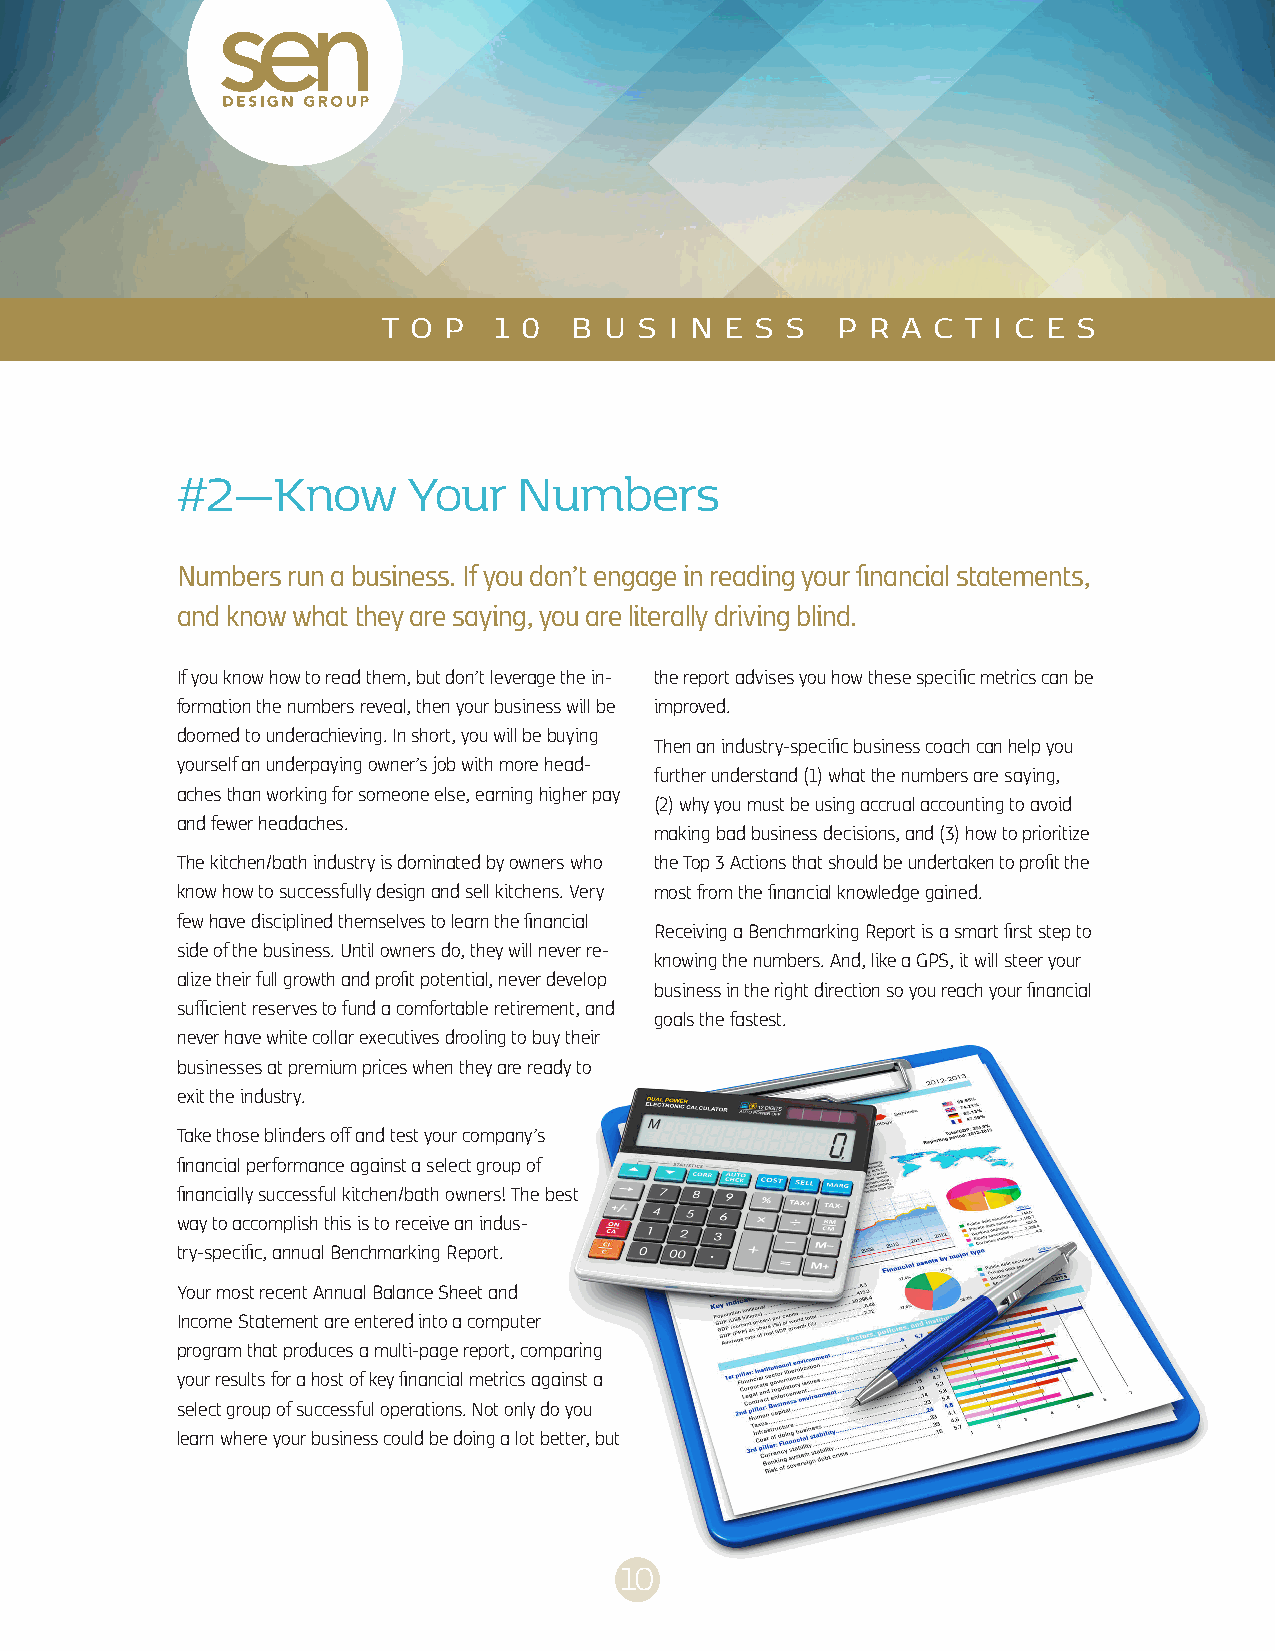
T O P   1 0  B U S I N E S S  P  R A C T I C E S
 #2—Know        Your   Numbers
 Numbers run a business. If you don’t engage in reading your financial statements,
 and know what they are saying, you are literally driving blind.
 If you know how to read them, but don’t leverage the in- the report advises you how these specific metrics can be
 formation the numbers reveal, then your business will be improved.
 doomed to underachieving. In short, you will be buying
 Then an industry-specific business coach can help you
 yourself an underpaying owner’s job with more head-
 further understand (1) what the numbers are saying,
 aches than working for someone else, earning higher pay
 (2) why you must be using accrual accounting to avoid
 and fewer headaches.
 making bad business decisions, and (3) how to prioritize
 The kitchen/bath industry is dominated by owners who the Top 3 Actions that should be undertaken to profit the
 know how to successfully design and sell kitchens. Very most from the financial knowledge gained.
 few have disciplined themselves to learn the financial
 Receiving a Benchmarking Report is a smart first step to
 side of the business. Until owners do, they will never re-
 knowing the numbers. And, like a GPS, it will steer your
 alize their full growth and profit potential, never develop
 business in the right direction so you reach your financial
 sufficient reserves to fund a comfortable retirement, and
 goals the fastest.
 never have white collar executives drooling to buy their
 businesses at premium prices when they are ready to
 exit the industry.
 Take those blinders off and test your company’s
 financial performance against a select group of
 financially successful kitchen/bath owners! The best
 way to accomplish this is to receive an indus-
 try-specific, annual Benchmarking Report.
 Your most recent Annual Balance Sheet and
 Income Statement are entered into a computer
 program that produces a multi-page report, comparing
 your results for a host of key financial metrics against a
 select group of successful operations. Not only do you
 learn where your business could be doing a lot better, but
 10